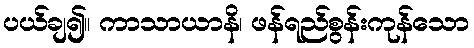
ပယ်ချ၍။ ကာသာယာနိ၊ ဖန်ရည်စွန်းကုန်သော